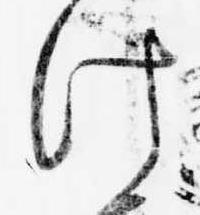
け